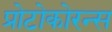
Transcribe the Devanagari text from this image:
प्रोटोकोरन्स